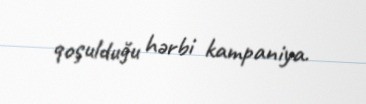
qoşulduğu hərbi kampaniya.